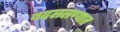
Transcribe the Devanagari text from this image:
बदललण्यात